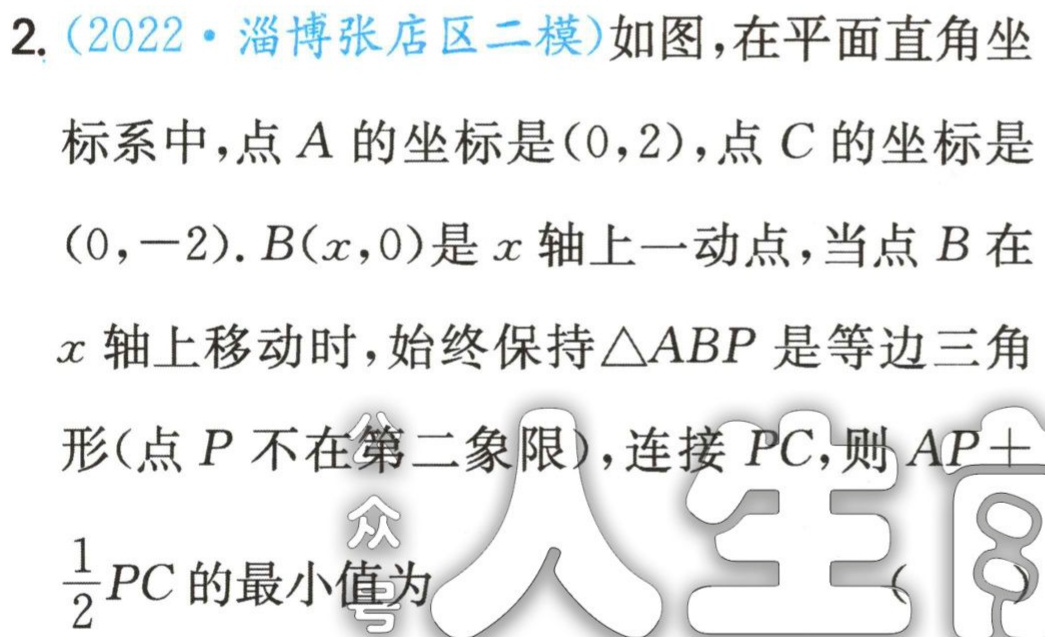
2. (2022·淄博张店区二模)如图，在平面直角坐标系中，点\(A\)的坐标是\((0,2)\)，点\(C\)的坐标是\((0, - 2)\). \(B(x,0)\)是\(x\)轴上一动点，当点\(B\)在\(x\)轴上移动时，始终保持\(\triangle ABP\)是等边三角形(点\(P\)不在第二象限)，连接\(PC\)，则\(AP+\frac{1}{2}PC\)的最小值为 （  ）